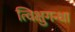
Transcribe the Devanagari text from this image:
त्विक्षुगन्धा